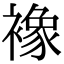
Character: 襐